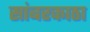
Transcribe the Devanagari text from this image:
सांबरकाठा